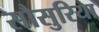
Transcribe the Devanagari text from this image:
सौसुरिया